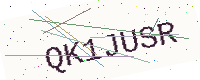
Text: QK1JUSR